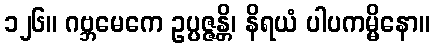
၁၂၆။ ဂဗ္ဘမေကေ ဥပ္ပဇ္ဇန္တိ၊ နိရယံ ပါပကမ္မိနော။